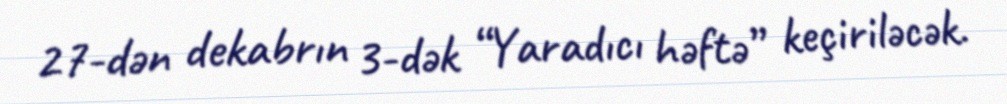
27-dən dekabrın 3-dək “Yaradıcı həftə” keçiriləcək.